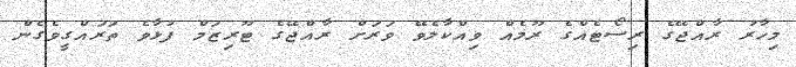
މިހާރު ރާއްޖޭގެ ރިސޯޓެއްގެ ރޫމެއް ވިއްކާލެވޭ ވަރަށް ރާއްޖޭގެ ޓޫރިޒަމް ފުޅާވެ ތަރައްގީވެގެން